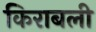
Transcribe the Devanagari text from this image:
किराबली